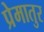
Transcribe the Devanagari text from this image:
प्रेमातुर